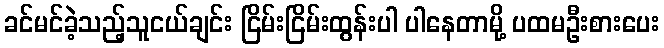
ခင်မင်ခဲ့သည့်သူငယ်ချင်း ငြိမ်းငြိမ်းထွန်းပါ ပါနေတာမို့ ပထမဦးစားပေး